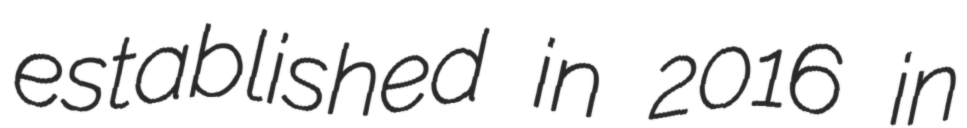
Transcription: established in 2016 in